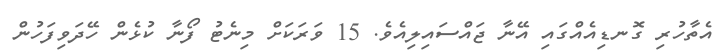
އެތާހުރި ގޮނޑިއެއްގައި އޭނާ ޖައްސައިލިއެވެ. 15 ވަރަކަށް މިނެޓު ފޯނާ ކުޅެން ހޭދަވިފަހުން